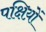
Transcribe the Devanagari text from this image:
पक्षिय़ों